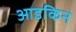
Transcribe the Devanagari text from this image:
आइकिन